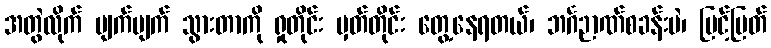
အတွဲလိုက် ပျက်ပျက် သွားတာကို ရှုတိုင်း မှတ်တိုင်း တွေ့နေရတယ်၊ ဘင်္ဂဉာဏ်စခန်းပဲ၊ မြင့်မြတ်